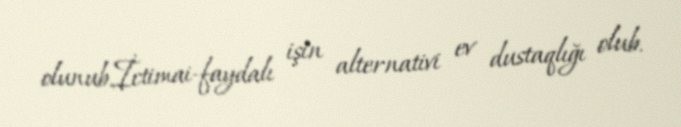
olunub.İctimai-faydalı işin alternativi ev dustaqlığı olub.